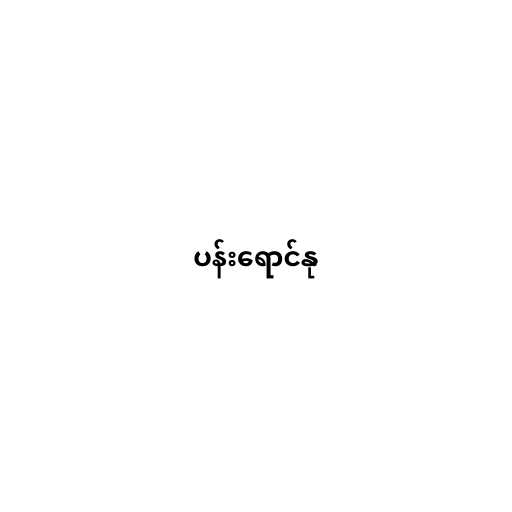
ပန်းရောင်နု